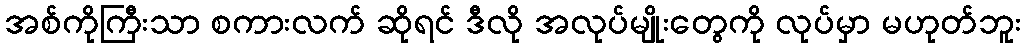
အစ်ကိုကြီးသာ စကားလက် ဆိုရင် ဒီလို အလုပ်မျိုးတွေကို လုပ်မှာ မဟုတ်ဘူး